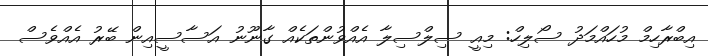
އިބްރާހިމް މުހައްމަދު ސޯލިހް: މިއީ ސިލްސިލާ އެއްވުންތަކެއް ގާނޫނު އަސާސީއިން ބޭރު އެއްވެސް